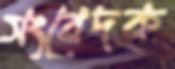
সংবেদক